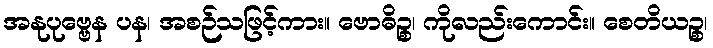
အနုပုဗ္ဗေန ပန၊ အစဉ်သဖြင့်ကား။ ဗောဓိဉ္စ၊ ကိုလည်းကောင်း။ စေတိယဉ္စ၊